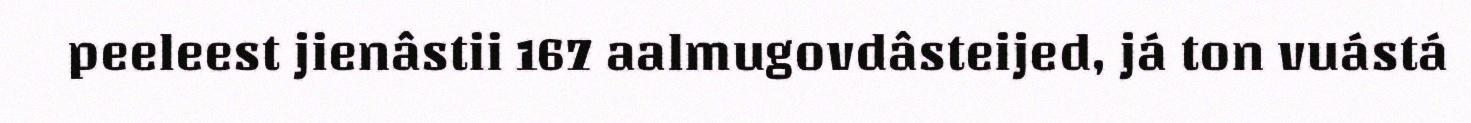
peeleest jienâstii 167 aalmugovdâsteijed, já ton vuástá